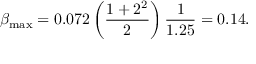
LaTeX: \beta _ { \mathrm { m a x } } = 0 . 0 7 2 \left( { \frac { 1 + 2 ^ { 2 } } { 2 } } \right) { \frac { 1 } { 1 . 2 5 } } = 0 . 1 4 .